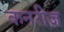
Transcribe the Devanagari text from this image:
कनरीज़